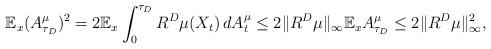
LaTeX: \begin{align*}\mathbb E_x(A^\mu_{\tau_D})^2=2\mathbb E_x\int_0^{\tau_D}R^D\mu(X_t)\,dA^\mu_t\le 2\|R^D\mu\|_\infty \mathbb E_xA^\mu_{\tau_D}\le 2\|R^D\mu\|^2_\infty,\end{align*}